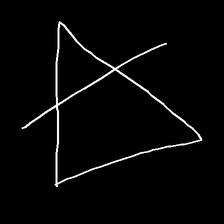
Glyph: empower